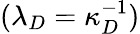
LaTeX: (\lambda_{D}=\kappa_{D}^{-1})